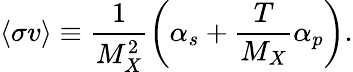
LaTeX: \langle\sigma v\rangle\equiv\frac{1}{M_{X}^{2}}\left(\alpha_{s}+\frac{T}{M_{X}}\alpha_{p}\right).